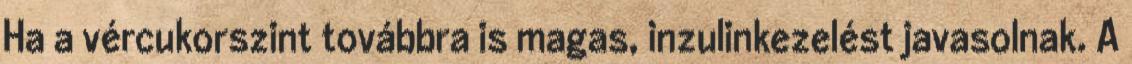
Ha a vércukorszint továbbra is magas, inzulinkezelést javasolnak. A